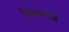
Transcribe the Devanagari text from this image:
किरणवली